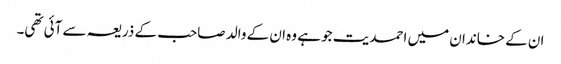
ان کے خاندان میں احمدیت جو ہے وہ ان کے والد صاحب کے ذریعہ سے آئی تھی۔